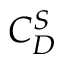
C _ { D } ^ { S }